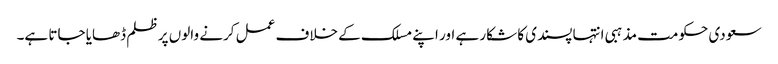
سعودی حکومت مذہبی انتہا پسندی کا شکار ہے اور اپنے مسلک کے خلاف عمل کرنے والوں پر ظلم ڈھایا جاتا ہے۔